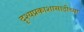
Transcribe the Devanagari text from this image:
दृश्यप्रकाशासाठीच्या